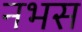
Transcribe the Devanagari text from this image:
नभस